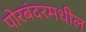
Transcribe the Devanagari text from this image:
पोरबंदरमधील